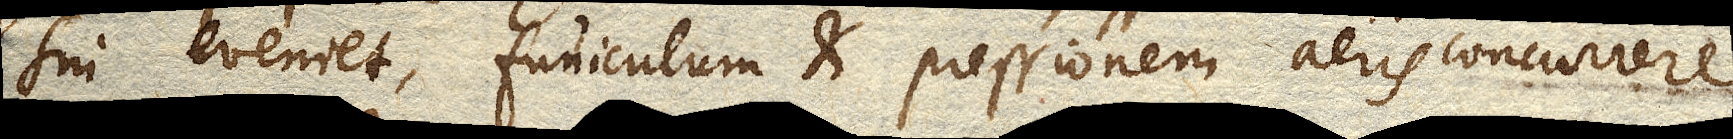
sin eveniet, funiculum et pressionem aeris concurrere